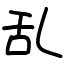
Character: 乱